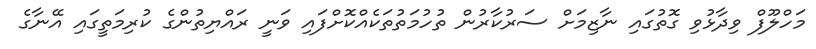
މަހްލޫފް ވިދާޅުވި ގޮތުގައި ނާޒިމަށް ސަރުކާރުން ތުހުމަތުތަކެއްކޮށްފައި ވަނީ ރައްޔިތުންގެ ކުރިމަތީގައި އޭނާގެ